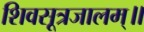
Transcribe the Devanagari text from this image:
शिवसूत्रजालम्॥